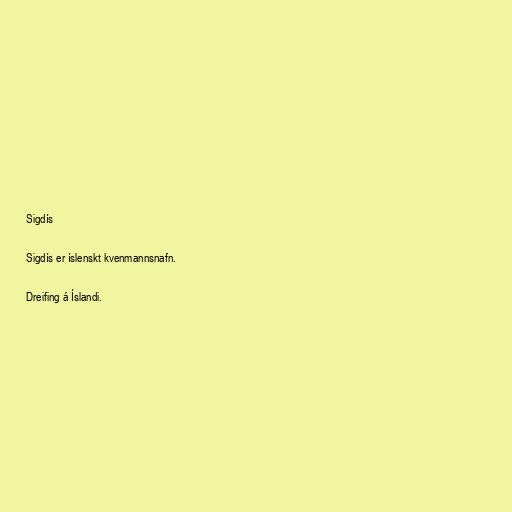
Sigdís

Sigdís er íslenskt kvenmannsnafn.

Dreifing á Íslandi.